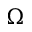
\Omega